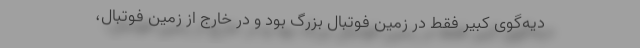
دیه‌گوی کبیر فقط در زمین فوتبال بزرگ بود و در خارج از زمین فوتبال،